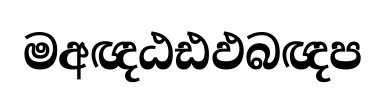
මඅඥඨඪඵබඥප